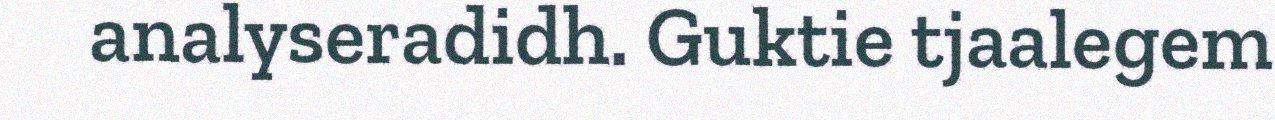
analyseradidh. Guktie tjaalegem